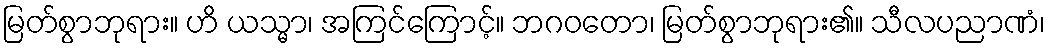
မြတ်စွာဘုရား။ ဟိ ယသ္မာ၊ အကြင်ကြောင့်။ ဘဂဝတော၊ မြတ်စွာဘုရား၏။ သီလပညာဏံ၊